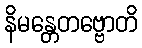
နိမန္တေတဗ္ဗောတိ